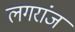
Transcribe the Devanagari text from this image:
लगरांज